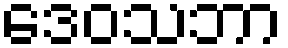
ဒေဝသဘာ